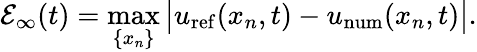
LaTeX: \mathcal{E}_{\infty}(t)=\operatorname*{max}_{\{ x_{n}\} }\big\lvert u_{\mathrm{ref}}(x_{n},t)-u_{\mathrm{num}}(x_{n},t)\big\rvert.